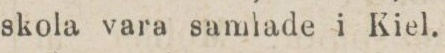
skola vara samlade i Kiel.